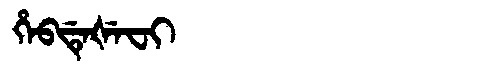
Manchu: ᡥᡝᠪᡩᡝᡧᡝᠸᡳ
Romanization: HEBDEŠEFI